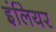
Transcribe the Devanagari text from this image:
इंलियर